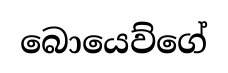
බොයෙව්ගේ